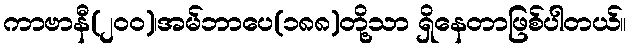
ကာဗာနီ(၂၀၀)၊အမ်ဘာပေ(၁၈၈)တို့သာ ရှိနေတာဖြစ်ပါတယ်။